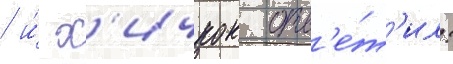
/ и́ х'ичкок отв'е́т'ил: